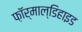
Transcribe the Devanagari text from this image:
फ़ॉर्माल्डिहाइड